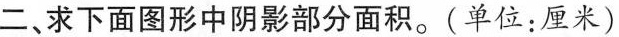
二、求下面图形中阴影部分面积。(单位：厘米)